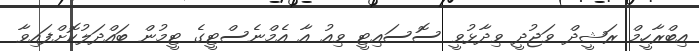
އިބްރާހީމް ރަޝީދް ވަޖުދީ ވިދާޅުވީ ސޮސައިޓީ ވިއު އާ އެމްނެސްޓީގެ ޓީމުން ބައްދަލުކޮށްފައިވާ